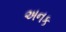
અનક